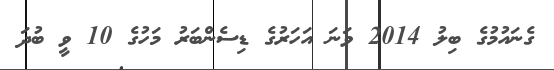
ގެނައުމުގެ ބިލު 2014 ވަނަ އަހަރުގެ ޑިސެންބަރު މަހުގެ 10 ވީ ބުދަ